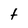
Character: T